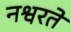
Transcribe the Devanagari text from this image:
नश्वरते